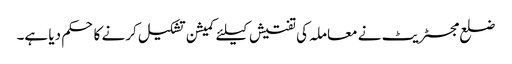
ضلع مجسٹریٹ نے معاملہ کی تفتیش کیلئے کمیشن تشکیل کرنے کا حکم دیا ہے۔